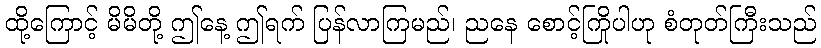
ထို့ကြောင့် မိမိတို့ ဤနေ့ ဤရက် ပြန်လာကြမည်၊ ညနေ စောင့်ကြိုပါဟု စံတုတ်ကြီးသည်